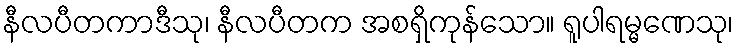
နီလပီတကာဒီသု၊ နီလပီတက အစရှိကုန်သော။ ရူပါရမ္မဏေသု၊